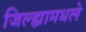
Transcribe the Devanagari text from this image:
जिल्ह्यामधले